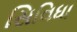
સિવિધા